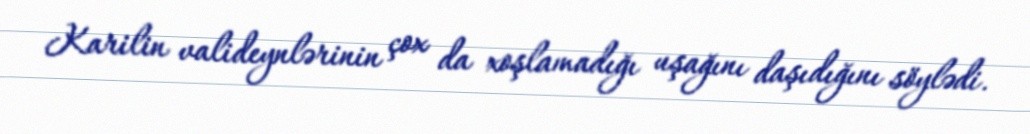
Karilin valideynlərinin çox da xoşlamadığı uşağını daşıdığını söylədi.